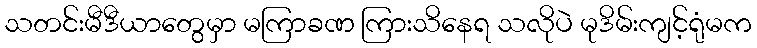
သတင်းမီဒီယာတွေမှာ မကြာခဏ ကြားသိနေရ သလိုပဲ မုဒိမ်းကျင့်ရုံမက